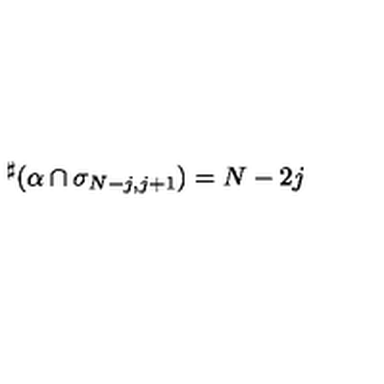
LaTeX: { } ^ { \sharp } ( \alpha \cap \sigma _ { N - j , j + 1 } ) = N - 2 j